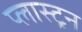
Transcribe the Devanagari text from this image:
प्लास्ट्रन